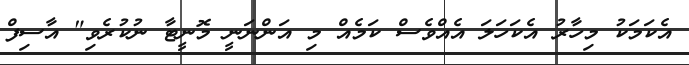
އެކަމަކު މިހާރު އެކަހަލަ އެއްވެސް ކަމެއް މި އަންނަނީ މޮނީޓާ ނުކުރެވި" އާސިފް